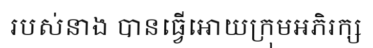
របស់នាង បានធ្វើអោយក្រុមអភិរក្ស